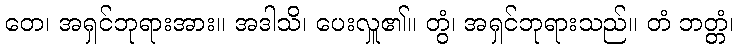
တေ၊ အရှင်ဘုရားအား။ အဒါသိ၊ ပေးလှူ၏။ တွံ၊ အရှင်ဘုရားသည်။ တံ ဘတ္တံ၊